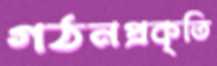
গঠনপ্রকৃতি